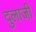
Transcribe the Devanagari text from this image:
दुलाजी